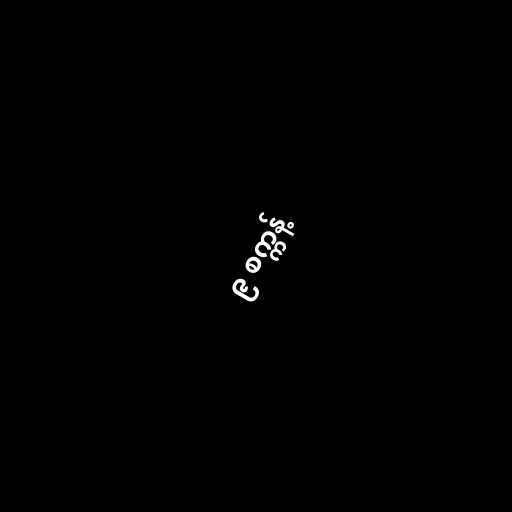
၉ စက္ကန့်